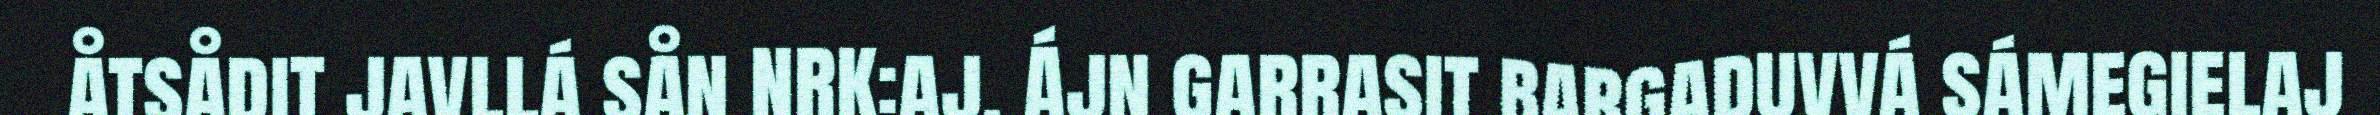
åtsådit javllá sån NRK:aj. Ájn garrasit bargaduvvá sámegielaj